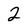
Character: 2